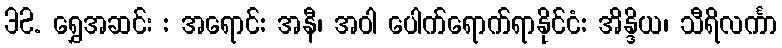
32. ရွှေအဆင်း : အရောင်: အနီ၊ အဝါ ပေါက်ရောက်ရာနိုင်ငံ: အိန္ဒိယ၊ သီရိလင်္ကာ